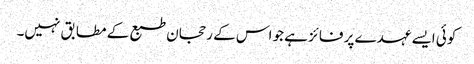
کوئی ایسے عہدے پر فائز ہے جو اس کے رحجان طبع کے مطابق نہیں۔